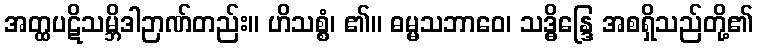
အတ္ထပဋိသမ္ဘိဒါဉာဏ်တည်း။ ဟိသစ္စံ၊ ၏။ ဓမ္မသဘာဝေ၊ သဒ္ဓိန္ဒြေ အစရှိသည်တို့၏